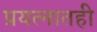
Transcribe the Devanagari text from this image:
प्रयत्नातही